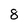
Character: 8